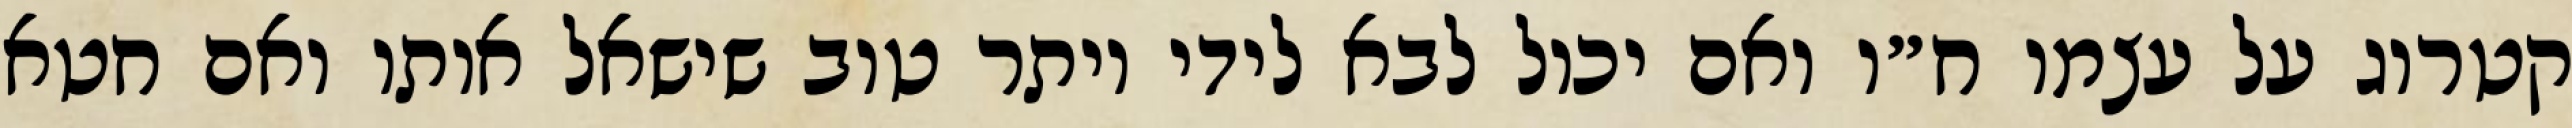
קטרוג על עצמו ח״ו ואם יכול לבא לידי יותר טוב שישאל אותו ואם חטא